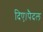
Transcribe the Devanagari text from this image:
दिए।पैदल